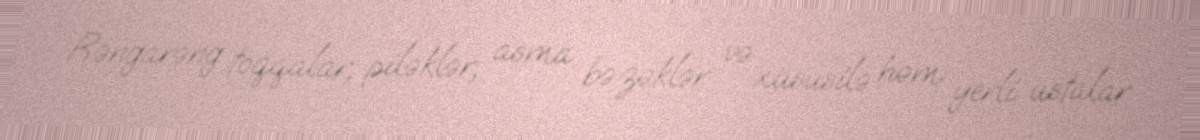
Rəngarəng toqqalar, piləklər, asma bəzəklər və xüsusilə həm yerli ustalar